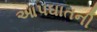
આપઘાતની